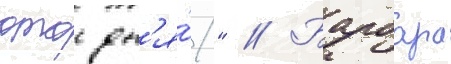
ото дн'я́." // Барбара